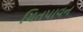
ચિતપાવન